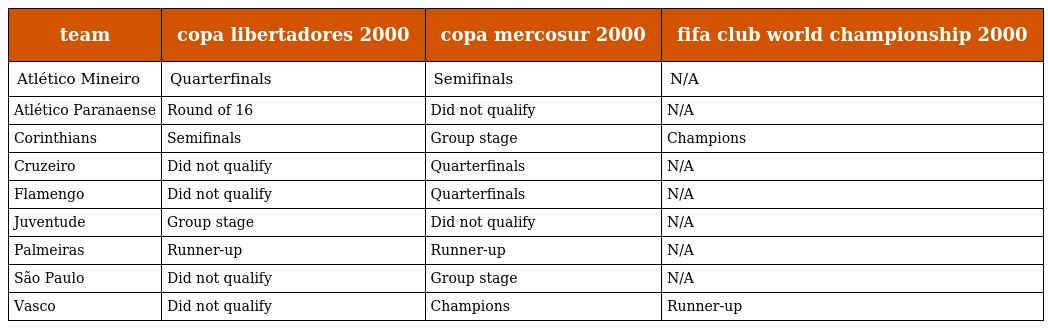
| team | copa libertadores 2000 | copa mercosur 2000 | fifa club world championship 2000 |
 | --- | --- | --- | --- |
 | Atlético Mineiro | Quarterfinals | Semifinals | N/A |
 | Atlético Paranaense | Round of 16 | Did not qualify | N/A |
 | Corinthians | Semifinals | Group stage | Champions |
 | Cruzeiro | Did not qualify | Quarterfinals | N/A |
 | Flamengo | Did not qualify | Quarterfinals | N/A |
 | Juventude | Group stage | Did not qualify | N/A |
 | Palmeiras | Runner-up | Runner-up | N/A |
 | São Paulo | Did not qualify | Group stage | N/A |
 | Vasco | Did not qualify | Champions | Runner-up |